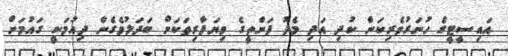
އައިސީޓީގެ ހުނަރުވެރިކަން ކުދި އަދި މެދު ފަންތީގެ ވިޔަފާރިތަކަށް ބަދަލުވެގެން ދިއުމަކީ ގައުމަށް